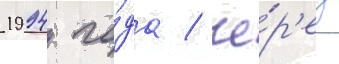
1994 го́да / че́р'ез